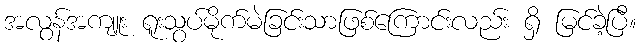
အလွန်အကျူး ရူးသွပ်မိုက်မဲခြင်းသာဖြစ်ကြောင်းလည်း ရှိ မြင်ခဲ့ပြီ။